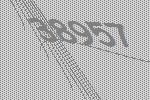
38957